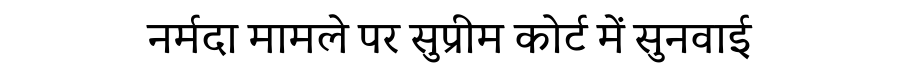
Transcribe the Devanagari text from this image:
नर्मदा मामले पर सुप्रीम कोर्ट में सुनवाई